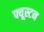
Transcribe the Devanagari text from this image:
फ्यूस्टन